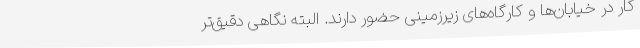
کار در خیابان‌ها و کارگاه‌های زیرزمینی حضور دارند. البته نگاهی دقیق‌تر